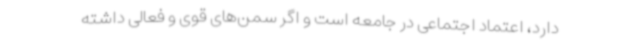
دارد، اعتماد اجتماعی در جامعه است و اگر سمن‌های قوی و فعالی داشته